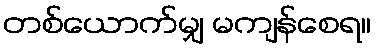
တစ်ယောက်မျှ မကျန်စေရ။